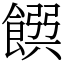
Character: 𩜹